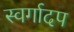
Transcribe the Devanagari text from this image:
स्वर्गादप